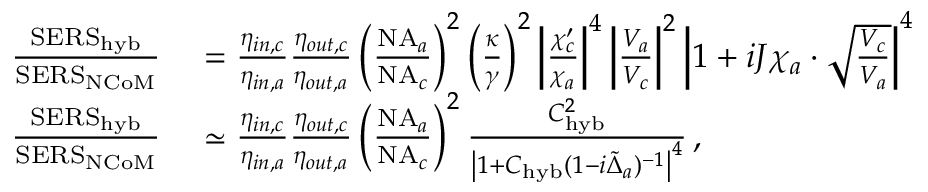
\begin{array} { r l } { \frac { \mathrm { S E R S } _ { \mathrm { h y b } } } { \mathrm { S E R S } _ { \mathrm { N C o M } } } } & { { } = \frac { \eta _ { i n , c } } { \eta _ { i n , a } } \frac { \eta _ { o u t , c } } { \eta _ { o u t , a } } \left( \frac { \mathrm { N A } _ { a } } { \mathrm { N A } _ { c } } \right) ^ { 2 } \left( \frac { \kappa } { \gamma } \right) ^ { 2 } \left| \frac { \chi _ { c } ^ { \prime } } { \chi _ { a } } \right| ^ { 4 } \left| \frac { V _ { a } } { V _ { c } } \right| ^ { 2 } \left| 1 + i J \chi _ { a } \cdot \sqrt { \frac { V _ { c } } { V _ { a } } } \right| ^ { 4 } } \\ { \frac { \mathrm { S E R S } _ { \mathrm { h y b } } } { \mathrm { S E R S } _ { \mathrm { N C o M } } } } & { { } \simeq \frac { \eta _ { i n , c } } { \eta _ { i n , a } } \frac { \eta _ { o u t , c } } { \eta _ { o u t , a } } \left( \frac { \mathrm { N A } _ { a } } { \mathrm { N A } _ { c } } \right) ^ { 2 } \frac { C _ { \mathrm { h y b } } ^ { 2 } } { \left| 1 + C _ { \mathrm { h y b } } ( 1 - i \tilde { \Delta } _ { a } ) ^ { - 1 } \right| ^ { 4 } } \, , } \end{array}